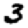
Digit: 3